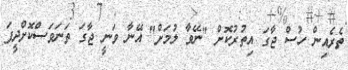
ތެރެއިން ހުސް ޖާގަ އިތުރުކޮށް "ނޭވާ ލުމަށް" އޭނާ ވަނީ ޖާގަ ތަނަވަސްކޮށްދީފަ